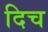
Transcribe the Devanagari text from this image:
दिच